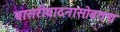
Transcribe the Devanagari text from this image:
बासरीवादनासोबतच